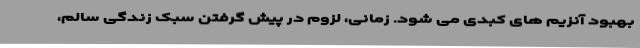
بهبود آنزیم های کبدی می شود. زمانی، لزوم در پیش گرفتن سبک زندگی سالم،